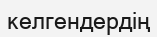
келгендердің